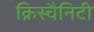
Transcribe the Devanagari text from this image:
क्रिस्चैनिटी